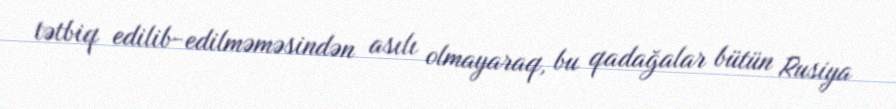
tətbiq edilib-edilməməsindən asılı olmayaraq, bu qadağalar bütün Rusiya